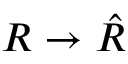
R \to { \hat { R } }